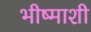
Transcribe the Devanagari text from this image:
भीष्माशी